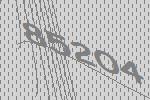
85204